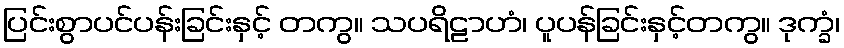
ပြင်းစွာပင်ပန်းခြင်းနှင့် တကွ။ သပရိဠာဟံ၊ ပူပန်ခြင်းနှင့်တကွ။ ဒုက္ခံ၊